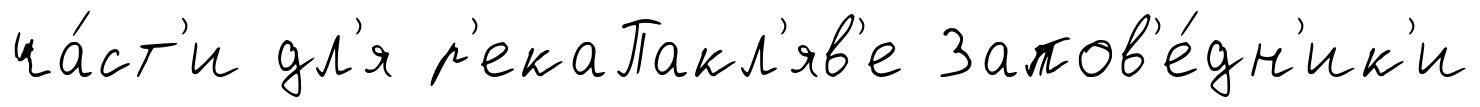
ча́ст'и дл'я р'екаПакл'яв'е Запов'е́дн'ик'и